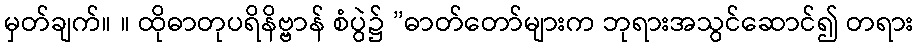
မှတ်ချက်။ ။ ထိုဓာတုပရိနိဗ္ဗာန် စံပွဲ၌ ”ဓာတ်တော်များက ဘုရားအသွင်ဆောင်၍ တရား